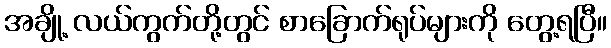
အချို့ လယ်ကွက်တို့တွင် စာခြောက်ရုပ်များကို တွေ့ရပြီ။